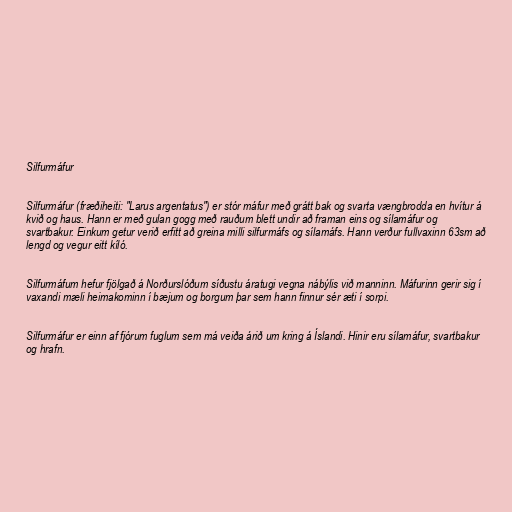
Silfurmáfur

Silfurmáfur (fræðiheiti: "Larus argentatus") er stór máfur með grátt bak og svarta vængbrodda en hvítur á
kvið og haus. Hann er með gulan gogg með rauðum blett undir að framan eins og sílamáfur og
svartbakur. Einkum getur verið erfitt að greina milli silfurmáfs og sílamáfs. Hann verður fullvaxinn 63sm að
lengd og vegur eitt kíló.

Silfurmáfum hefur fjölgað á Norðurslóðum síðustu áratugi vegna nábýlis við manninn. Máfurinn gerir sig í
vaxandi mæli heimakominn í bæjum og borgum þar sem hann finnur sér æti í sorpi.

Silfurmáfur er einn af fjórum fuglum sem má veiða árið um kring á Íslandi. Hinir eru sílamáfur, svartbakur
og hrafn.